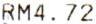
RM4.72